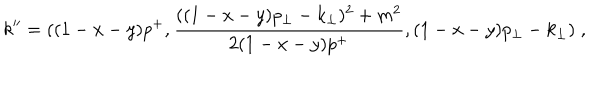
LaTeX: k ^ { \prime \prime } = ( ( 1 - x - y ) p ^ { + } , { \frac { ( ( 1 - x - y ) p _ { \perp } - k _ { \perp } ) ^ { 2 } + m ^ { 2 } } { 2 ( 1 - x - y ) p ^ { + } } } , ( 1 - x - y ) p _ { \perp } - k _ { \perp } ) \; ,